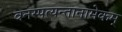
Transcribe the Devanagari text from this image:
वनस्पत्यन्तानामेकम्